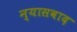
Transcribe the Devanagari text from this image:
न्यासवाद